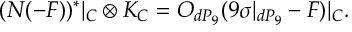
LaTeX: ( N ( - F ) ) ^ { * } | _ { C } \otimes K _ { C } = { \cal O } _ { d P _ { 9 } } ( 9 \sigma | _ { d P _ { 9 } } - F ) | _ { C } .